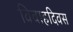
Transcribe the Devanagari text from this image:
विवाहदिवस